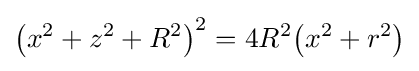
\left(x^{2}+z^{2}+R^{2}\right)^{2}=4R^{2}\!\left(x^{2}+r^{2}\right)